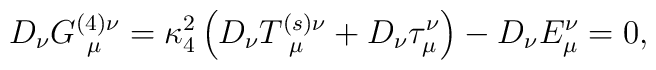
D_\nu G_{~\mu }^{(4)\nu }=\kappa _4^2\left( {D_\nu T_{~\mu }^{(s)\nu }+D_\nu\tau _\mu ^\nu }\right) -D_\nu E_\mu ^\nu =0,